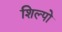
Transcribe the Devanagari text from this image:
शिल्पो